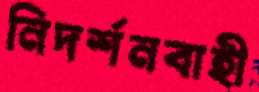
নিদর্শনবাহী